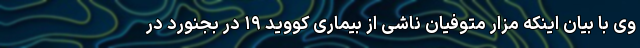
وی با بیان اینکه مزار متوفیان ناشی از بیماری کووید ۱۹ در بجنورد در